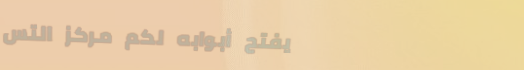
يفتح أبوابه لكم مركز التس